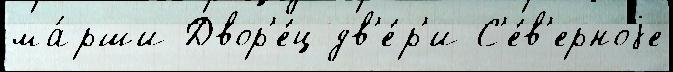
ма́рши Двор'е́ц дв'е́р'и С'е́в'ерноjе